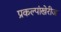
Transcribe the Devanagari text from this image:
प्रकल्पांखेरीज